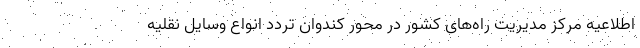
اطلاعیه مرکز مدیریت راه‌های کشور در محور کندوان تردد انواع وسایل نقلیه